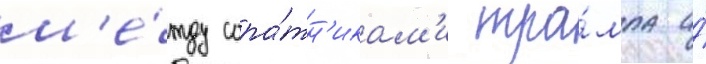
м'е́жду сора́тн'икам'и тра́мпа и́